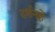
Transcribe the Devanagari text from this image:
दर्शनहे